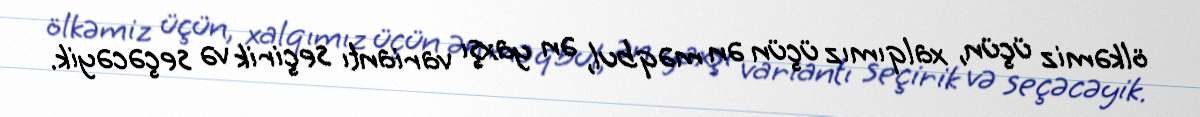
ölkəmiz üçün, xalqımız üçün ən məqbul, ən yaxşı variantı seçirik və seçəcəyik.